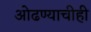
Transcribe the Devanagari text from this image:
ओढण्याचीही